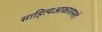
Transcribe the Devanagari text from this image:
साहित्‍यआकाशमलो